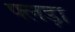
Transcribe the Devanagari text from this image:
फ्लड़ा